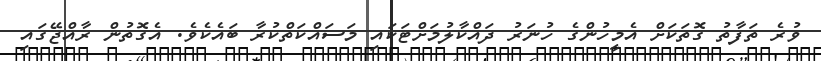
ވުރެ ތަފާތު ގޮތަކަށް އެމީހުންގެ ހުނަރު ދައްކާލުމަށްޓަކައި މަސައްކަތްކުރާ ބައެކެވެ. އެގޮތުން ރާއްޖޭގައި